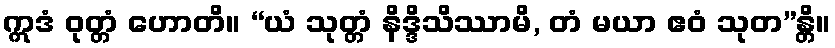
ဣဒံ ဝုတ္တံ ဟောတိ။ “ယံ သုတ္တံ နိဒ္ဒိသိဿာမိ, တံ မယာ ဧဝံ သုတ”န္တိ။